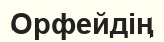
Орфейдің